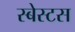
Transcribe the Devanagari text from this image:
स्बेस्टस